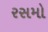
રસમો